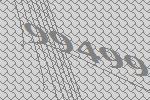
99499